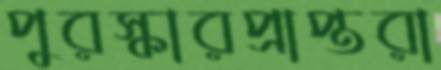
পুরস্কারপ্রাপ্তরা